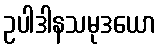
ဥပါဒါနသမုဒယော